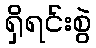
ရှိရင်းစွဲ